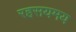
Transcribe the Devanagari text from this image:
रहसयमय